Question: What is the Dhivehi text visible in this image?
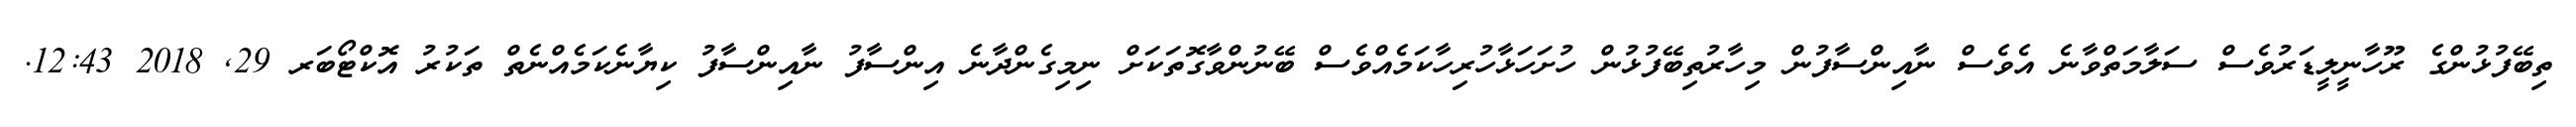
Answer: ތިބޭފުޅުންގެ ރޫހާނީލީޑަރުވެސް ސަލާމަތްވާނެ އެވެސް ނާއިންސާފުން މިހާރުތިބޭފުޅުން ހުށަހަޅާހުރިހާކަމެއްވެސް ބޭނުންވާގޮތަކަށް ނިމިގެންދާނެ އިންސާފު ނާއިންސާފު ކިޔާނެކަމެއްނެތް ތަކުރު އޮކްޓޯބަރ 29, 2018 12:43.